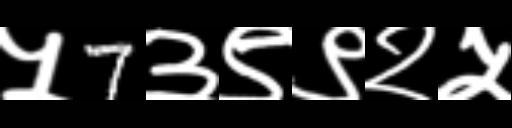
Text: ५7३९९२५